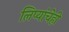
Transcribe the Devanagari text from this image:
लिप्यांचेही